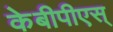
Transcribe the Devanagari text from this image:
केबीपीएस्‌